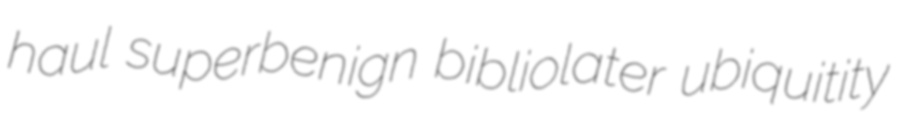
haul superbenign bibliolater ubiquitity